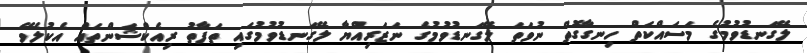
ލޭގަނޑުވުމުގެ މަސައްކަތް ހިނގާގޮތް ނުވަތަ ލޭގަނޑުވުމުގެ ނަޒަރިއްޔާ ލޭގަނޑުވުމުގައި ތަފާތު ރިއެކްޝަންތައް އެކުލެވޭ